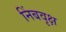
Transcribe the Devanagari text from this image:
निंबवृक्ष